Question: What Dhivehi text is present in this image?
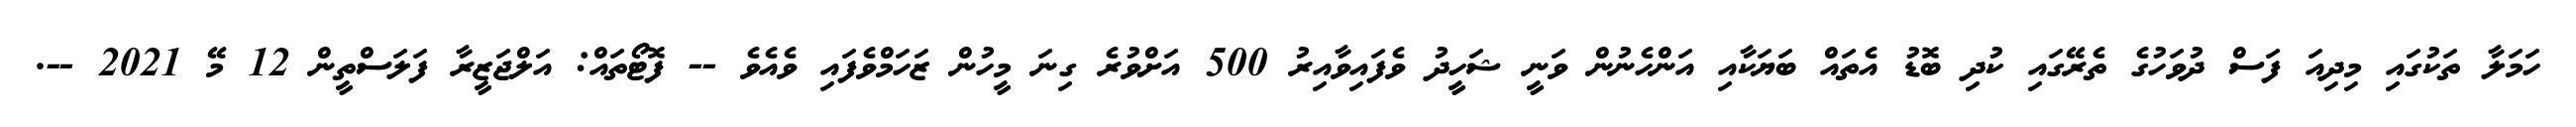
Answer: ހަމަލާ ތަކުގައި މިދިއަ ފަސް ދުވަހުގެ ތެރޭގައި ކުދި ބޮޑު އެތައް ބަޔަކާއި އަންހެނުން ވަނީ ޝަހީދު ވެފައިވާއިރު 500 އަށްވުރެ ގިނަ މީހުން ޒަހަމްވެފައި ވެއެވެ -- ފޮޓޯތައް: އަލްޖަޒީރާ ފަލަސްތީން 12 މޭ 2021 --.